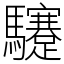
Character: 䮿